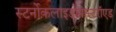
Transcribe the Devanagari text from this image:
स्टर्नोकलाइडोमास्टरॉएड